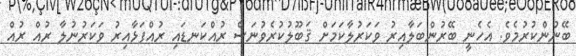
ބޭނުންކުރުމެވެ. އެހެނީ ބޭރުންބަލާއިރު ވަކަރުލާކަމަށް ޤަބޫލުކުރެވުނަސް ރުއްކަނޑައި ރުއްފަޅާއިރު ވަކަރުނުލާ ރުއް ރުއް